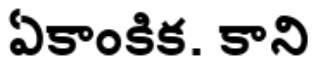
ఏకాంకిక. కాని